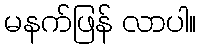
မနက်ဖြန် လာပါ။